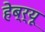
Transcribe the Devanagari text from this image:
हेब्र्यू